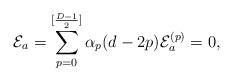
LaTeX: \begin{align*}{\cal E}_{a}=\sum_{p=0}^{[\frac{D-1}{2}]}\alpha_{p}(d-2p){\cal E}_{a}^{(p)}=0,\end{align*}